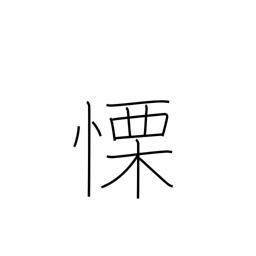
Meaning: fear